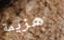
هزيمة